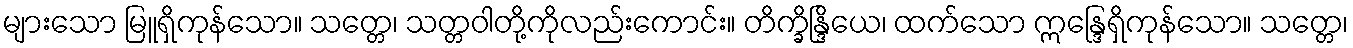
များသော မြူရှိကုန်သော။ သတ္တေ၊ သတ္တဝါတို့ကိုလည်းကောင်း။ တိက္ခိန္ဒြိယေ၊ ထက်သော ဣန္ဒြေရှိကုန်သော။ သတ္တေ၊